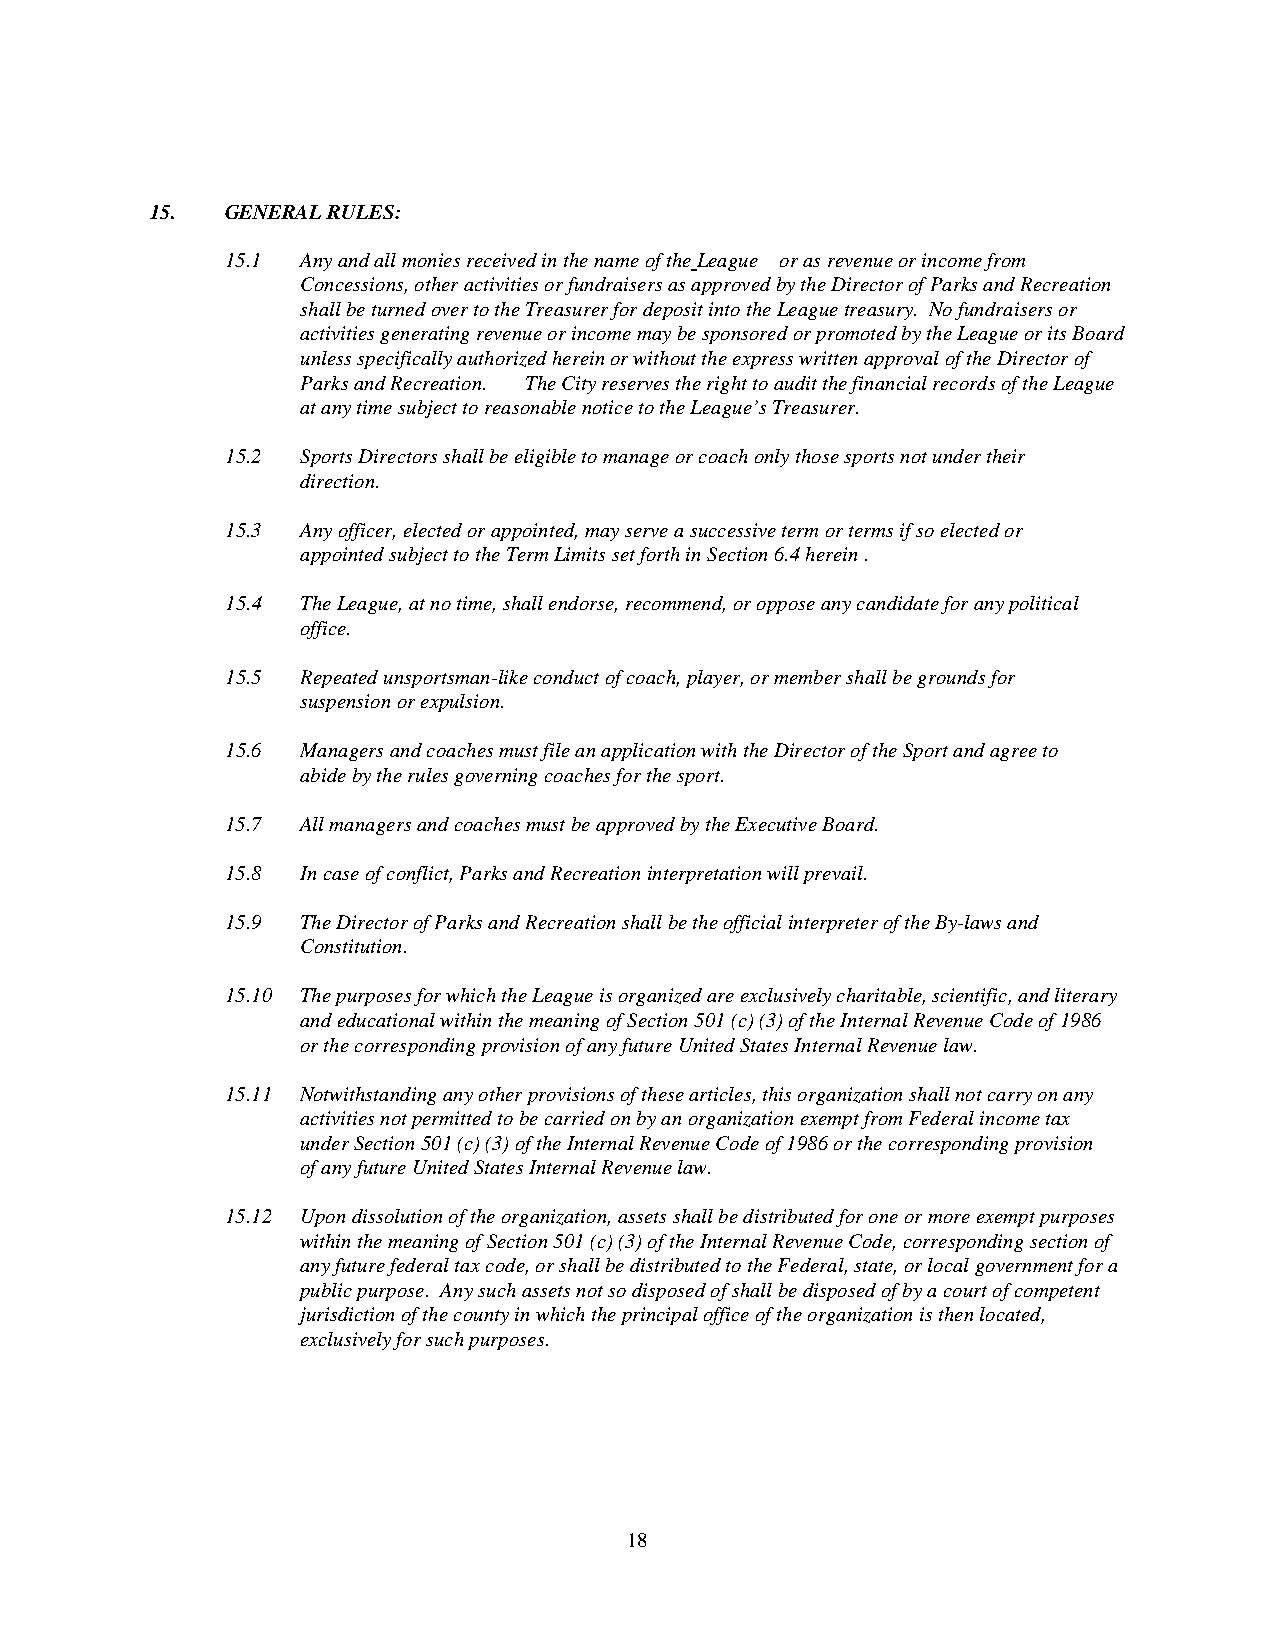
15.  GENERAL RULES:
 15.1 Any and all monies received in the name of the League or as revenue or income from
 Concessions, other activities or fundraisers as approved by the Director of Parks and Recreation
 shall be turned over to the Treasurer for deposit into the League treasury. No fundraisers or
 activities generating revenue or income may be sponsored or promoted by the League or its Board
 unless specifically authorized herein or without the express written approval of the Director of
 Parks and Recreation. The City reserves the right to audit the financial records of the League
 at any time subject to reasonable notice to the League’s Treasurer.
 15.2 Sports Directors shall be eligible to manage or coach only those sports not under their
 direction.
 15.3 Any officer, elected or appointed, may serve a successive term or terms if so elected or
 appointed subject to the Term Limits set forth in Section 6.4 herein .
 15.4 The League, at no time, shall endorse, recommend, or oppose any candidate for any political
 office.
 15.5 Repeated unsportsman-like conduct of coach, player, or member shall be grounds for
 suspension or expulsion.
 15.6 Managers and coaches must file an application with the Director of the Sport and agree to
 abide by the rules governing coaches for the sport.
 15.7 All managers and coaches must be approved by the Executive Board.
 15.8 In case of conflict, Parks and Recreation interpretation will prevail.
 15.9 The Director of Parks and Recreation shall be the official interpreter of the By-laws and
 Constitution.
 15.10 The purposes for which the League is organized are exclusively charitable, scientific, and literary
 and educational within the meaning of Section 501 (c) (3) of the Internal Revenue Code of 1986
 or the corresponding provision of any future United States Internal Revenue law.
 15.11 Notwithstanding any other provisions of these articles, this organization shall not carry on any
 activities not permitted to be carried on by an organization exempt from Federal income tax
 under Section 501 (c) (3) of the Internal Revenue Code of 1986 or the corresponding provision
 of any future United States Internal Revenue law.
 15.12 Upon dissolution of the organization, assets shall be distributed for one or more exempt purposes
 within the meaning of Section 501 (c) (3) of the Internal Revenue Code, corresponding section of
 any future federal tax code, or shall be distributed to the Federal, state, or local government for a
 public purpose. Any such assets not so disposed of shall be disposed of by a court of competent
 jurisdiction of the county in which the principal office of the organization is then located,
 exclusively for such purposes.
 18